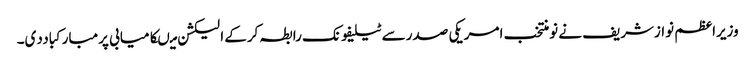
وزیراعظم نوازشریف نے نومنتخب امریکی صدرسے ٹیلیفونک رابطہ کرکے الیکشن میںکامیابی پرمبارکباددی۔